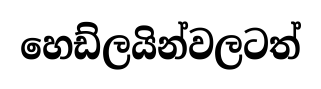
හෙඩ්ලයින්වලටත්